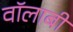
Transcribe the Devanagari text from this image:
वॉलाबी